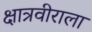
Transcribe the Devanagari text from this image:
क्षात्रवीराला